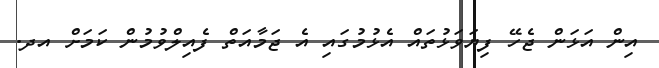
އިން އަޅަން ޖެހޭ ފިޔަވަޅުތައް އެޅުމުގައި އެ ޖަމާއަތް ފެއިލްވުމުން ކަމަށް އދ.